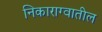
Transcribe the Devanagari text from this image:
निकाराग्वातील